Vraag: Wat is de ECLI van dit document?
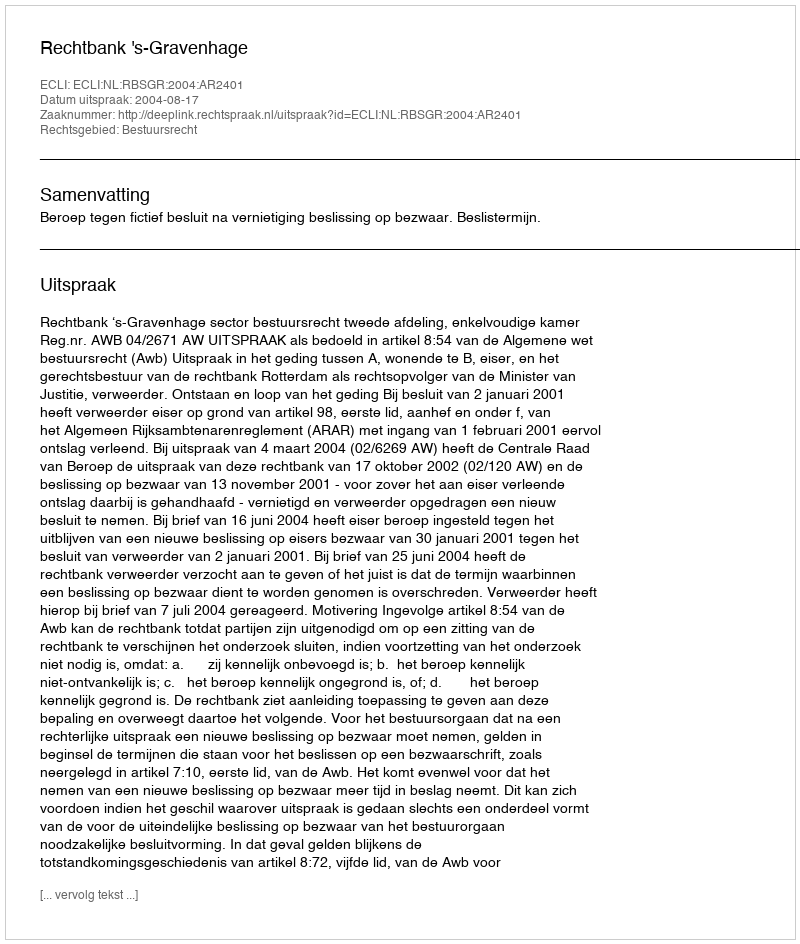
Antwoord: ECLI:NL:RBSGR:2004:AR2401